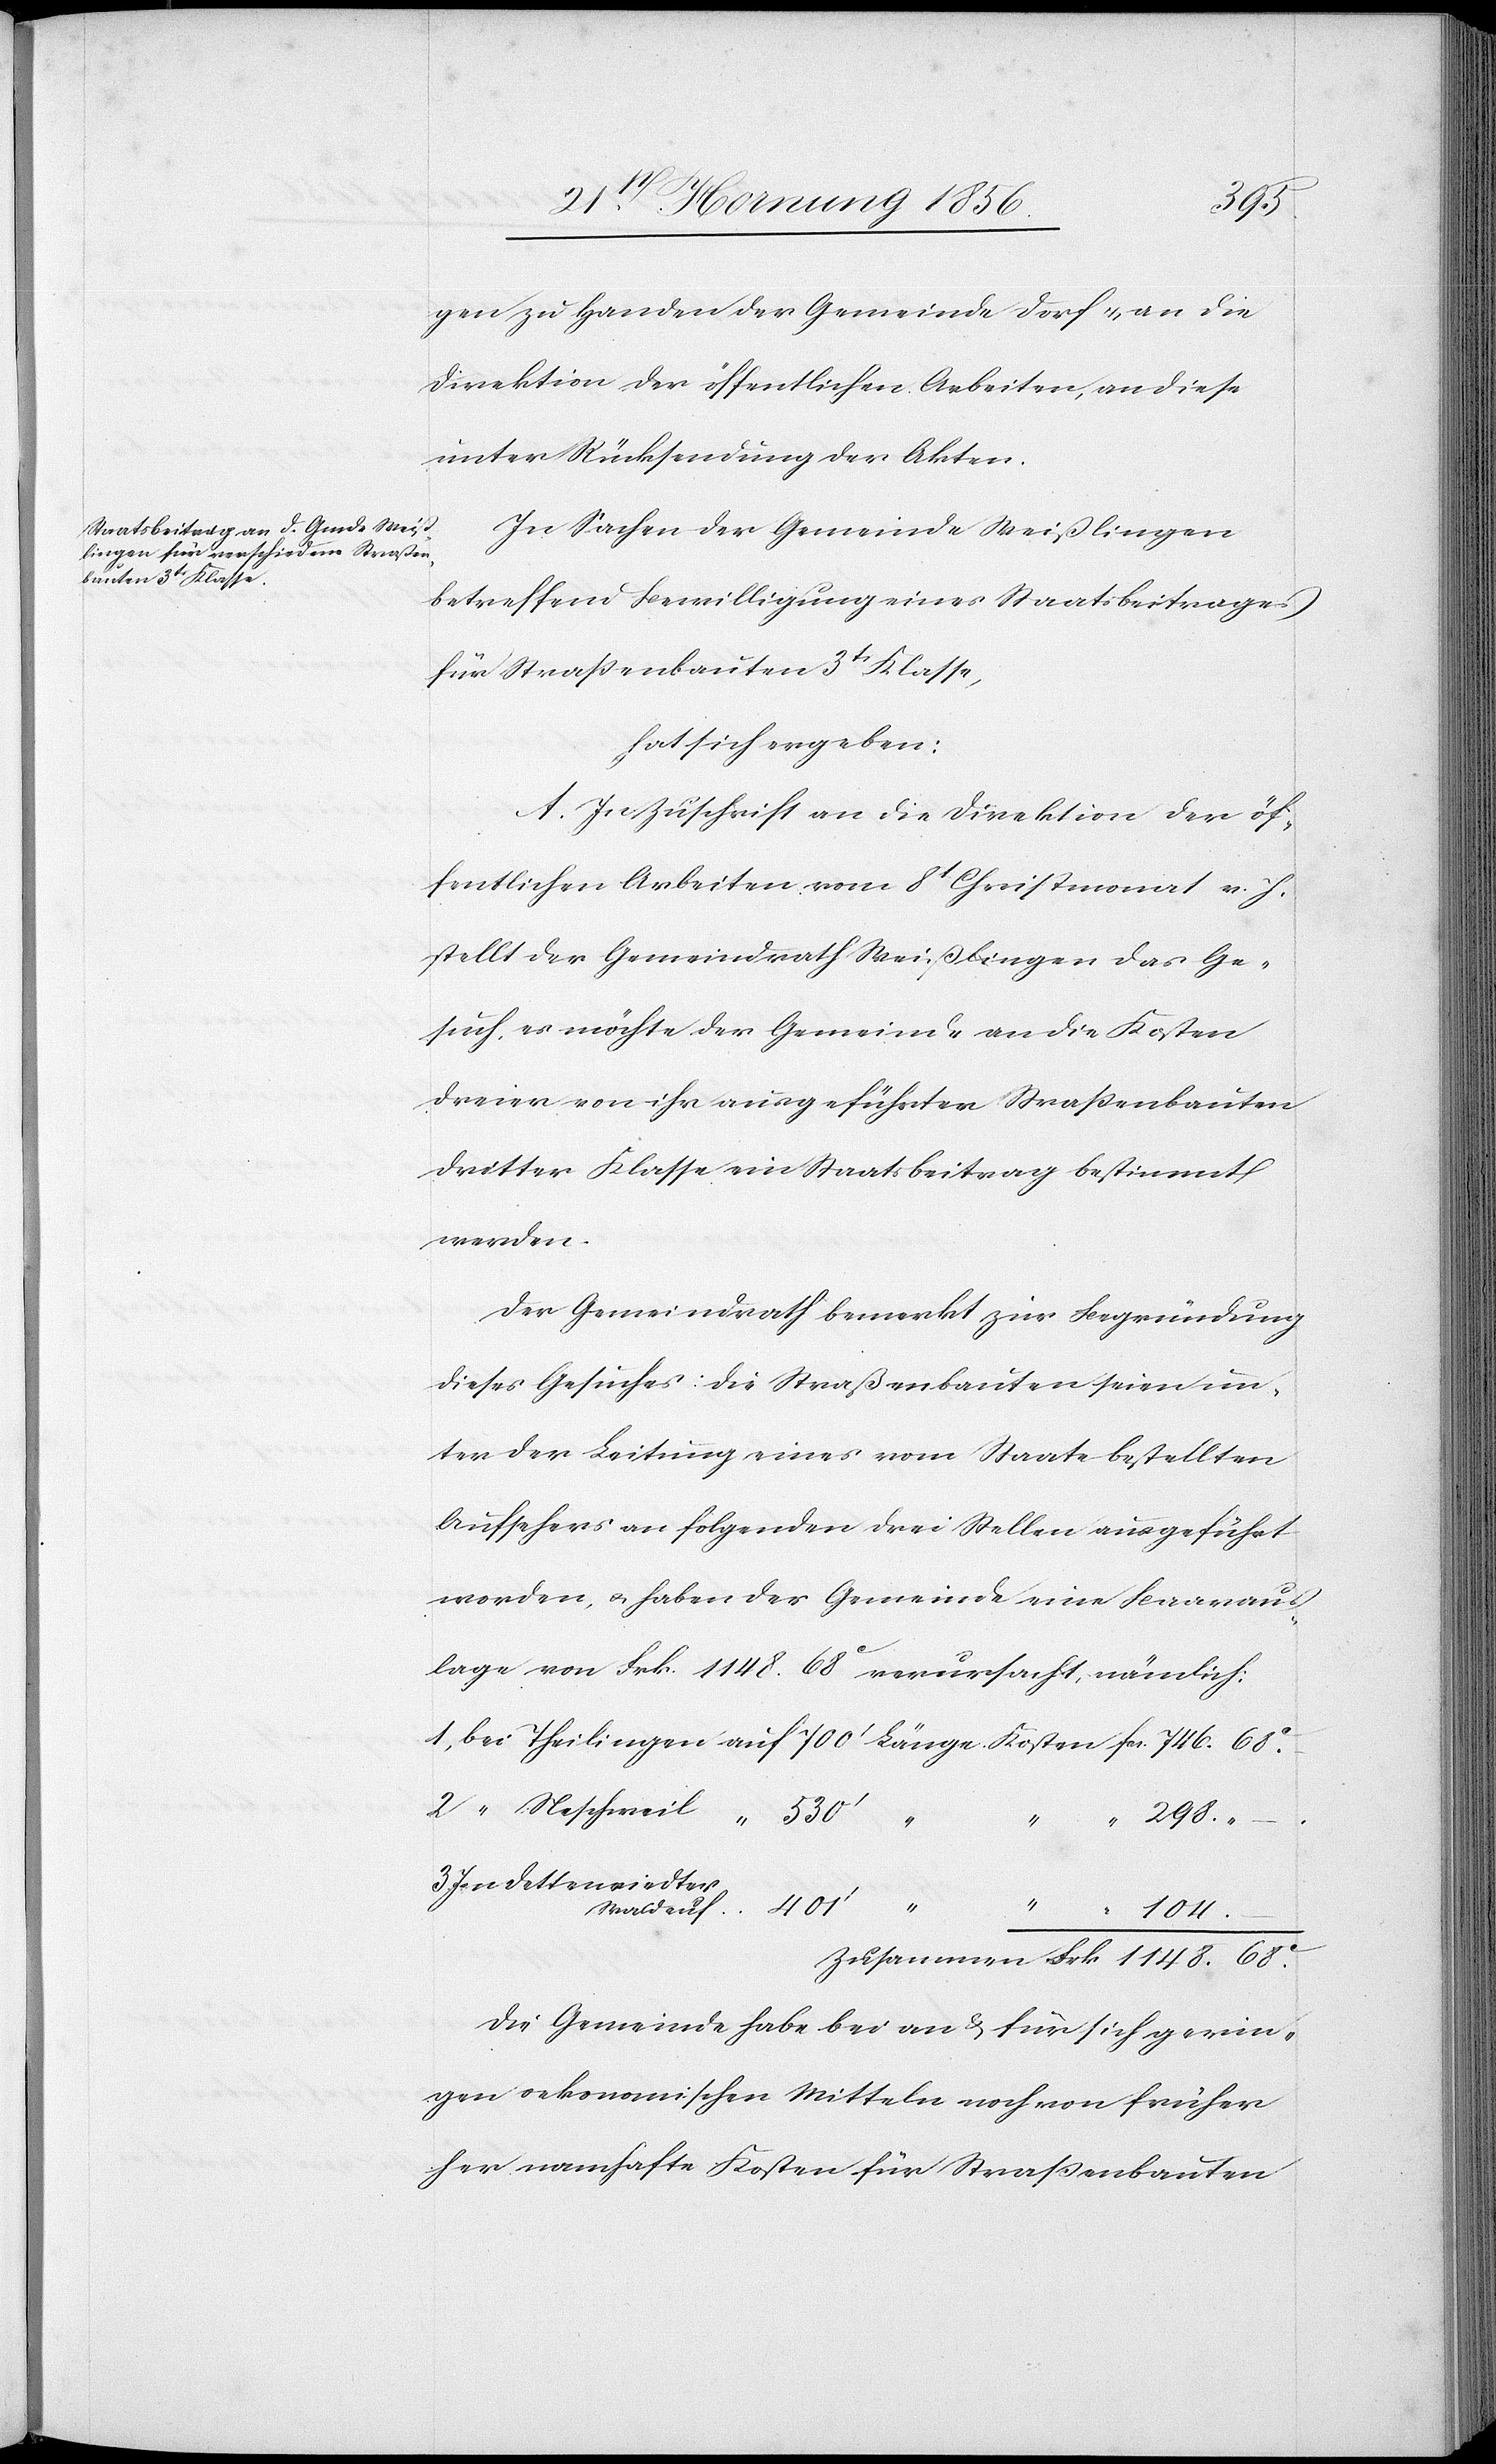
68c.
gen zu Handen der Gemeinde Dorf u. an die
Direktion der öffentlichen Arbeiten, an diese
unter Rücksendung der Akten.
In Sachen der Gemeinde Weißlingen
betreffend Bewilligung eines Staatsbeitrages
für Straßenbauten 3tr Klasse,
hat sich ergeben:
A. In Zuschrift an die Direktion der öf¬
fentlichen Arbeiten vom 8t Christmonat v. J.
stellt der Gemeindrath Weißlingen das Ge¬
such, es möchte der Gemeinde an die Kosten
dreier von ihr ausgeführten Straßenbauten
dritter Klasse ein Staatsbeitrag bestimmt
werden.
Der Gemeindrath bemerkt zur Begründung
dieses Gesuches: Die Straßenbauten seien un¬
ter der Leitung eines vom Staate bestellten
Aufsehers an folgenden drei Stellen ausgeführt
worden, u. haben der Gemeinde eine Baaraus¬
lage von Frk. 1148. 68c verursacht, nämlich:
Dettenriedter
Die Gemeinde habe bei an & für sich gerin¬
gen oekonomischen Mitteln noch von früher
her namhafte Kosten für Straßenbauten